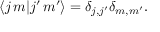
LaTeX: \langle j \, m | j ^ { \prime } \, m ^ { \prime } \rangle = \delta _ { j , j ^ { \prime } } \delta _ { m , m ^ { \prime } } .